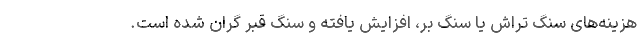
هزینه‌های سنگ تراش یا سنگ بر، افزایش یافته و سنگ قبر گران شده است.